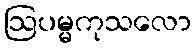
ဩပမ္မကုသလော